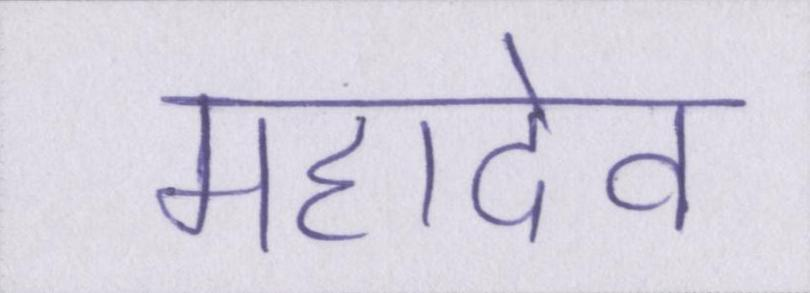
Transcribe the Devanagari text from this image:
महादेव